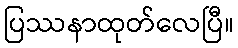
ပြဿနာထုတ်လေပြီ။